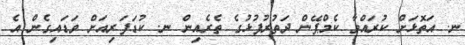
ނ. އަތޮޅަށް ކުރައްވާ ކެމްޕޭން ދަތުރުފުޅުގެ ތެރެއިން ނ. ކުޑަފަރިއަށް ވަޑައިގެން އެ